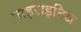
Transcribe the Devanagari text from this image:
पाइराइटिज